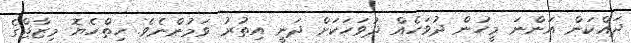
ދައްކަން އަންނަ މީހުން ދުވަހެއް ދުވަހަކަށް ދަނީ އިތުރު ވަމުންނެވެ. ހިތްހެޔޮ މިޒާޖްގެ